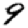
Digit: 9